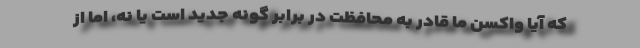
که آیا واکسن ما قادر به محافظت در برابر گونه جدید است یا نه، اما از